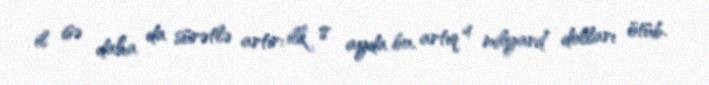
il isə daha da sürətlə artır: ilk 8 ayda bu, artıq 4 milyard dolları ötüb.